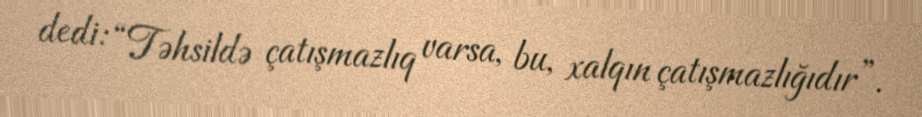
dedi: “Təhsildə çatışmazlıq varsa, bu, xalqın çatışmazlığıdır”.